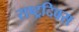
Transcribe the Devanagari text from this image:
राष्ट्रदिवस